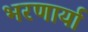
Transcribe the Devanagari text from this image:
भरणार्या